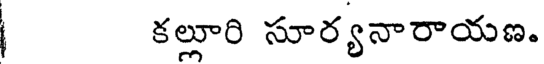
కల్లూరి సూర్యనారాయణ.